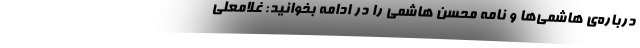
درباره‌ی هاشمی‌ها و نامه محسن هاشمی را در ادامه بخوانید: غلامعلی